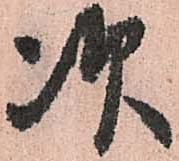
次